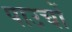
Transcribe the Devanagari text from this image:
पाउचों